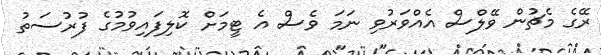
ރޭގެ މެޗުން ވޭލްސް އެއްވަރުވި ނަމަ ވެސް އެ ޓީމަށް ކޮލިފައިވުމުގެ ފުރުސަތު